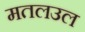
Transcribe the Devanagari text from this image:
मतलउल